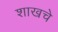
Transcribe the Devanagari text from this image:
शाखचे